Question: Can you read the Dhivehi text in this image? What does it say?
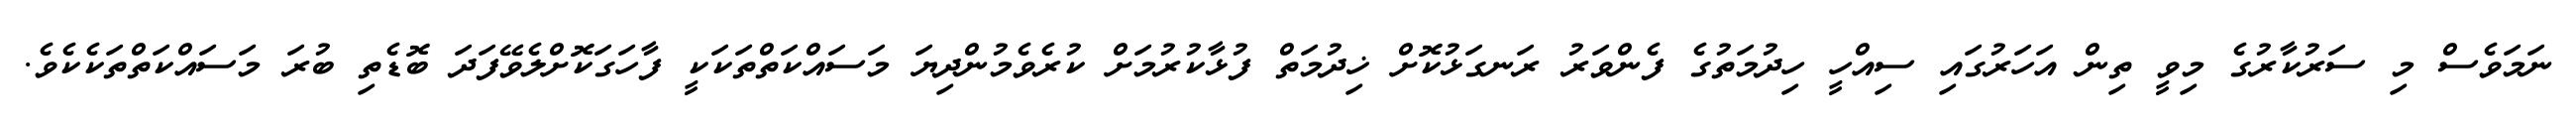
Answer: ނަމަވެސް މި ސަރުކާރުގެ މިވީ ތިން އަހަރުގައި ސިއްހީ ހިދުމަތުގެ ފެންވަރު ރަނގަޅުކޮށް ޚިދުމަތް ފުޅާކުރުމަށް ކުރެވެމުންދިޔަ މަސައްކަތްތަކަކީ ފާހަގަކޮށްލެވޭފަދަ ބޮޑެތި ބުރަ މަސައްކަތްތަކެކެވެ.